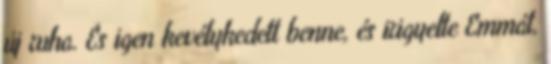
új ruha. És igen kevélykedett benne, és irigyelte Emmát,